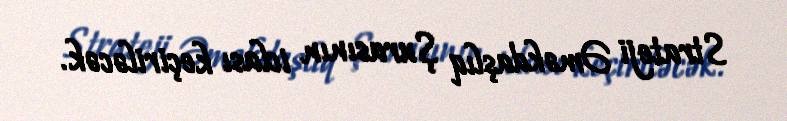
Strateji Əməkdaşlıq Şurasının iclası keçiriləcək.